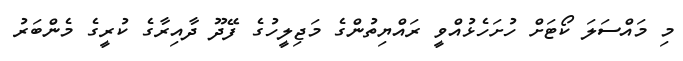
މި މައްސަލަ ކޯޓަށް ހުށަހެޅުއްވީ ރައްޔިތުންގެ މަޖިލީހުގެ ފޭދޫ ދާއިރާގެ ކުރީގެ މެންބަރު